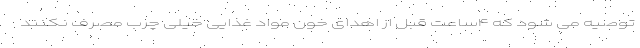
توصیه می شود که ۴ساعت قبل از اهدای خون مواد غذایی خیلی چرب مصرف نکنند